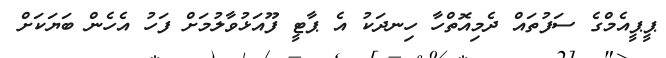
ޕީޕީއެމްގެ ސަފުތައް ދެމިއޮތްހާ ހިނދަކު އެ ޕާޓީ ފޫއަޅުވާލުމަށް ފަހު އެހެން ބަޔަކަށް